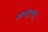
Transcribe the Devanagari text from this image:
क्रफ्ट्स